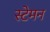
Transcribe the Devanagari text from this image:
स्टेमन